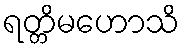
ရတ္တိမဟောသိ